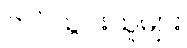
တင်သွင်းသူများ